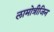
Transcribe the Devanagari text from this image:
लामोत्रीजिन